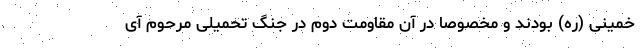
خمینی (ره) بودند و مخصوصا در آن مقاومت دوم در جنگ تحمیلی مرحوم آی